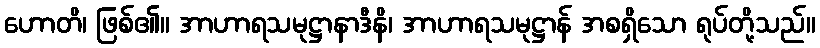
ဟောတိ၊ ဖြစ်၏။ အာဟာရသမုဋ္ဌာနာဒီနိ၊ အာဟာရသမုဋ္ဌာန် အစရှိသော ရုပ်တို့သည်။